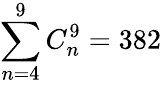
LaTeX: \sum_{n=4}^{9}C_{n}^{9}=382